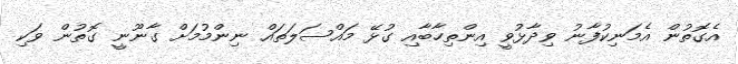
އެގޮތުން އެމަނިކުފާނު ވިދާޅުވީ އިންތިހާބާއި ގުޅޭ މައްސަލަތައް ނިންމުމަށް ގާނޫނީ ގޮތުން ވަކި